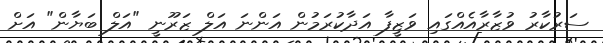
ސަރުކާރު ވުޒާރާއެއްގައި ވަޒީފާ އަދާކުރަމުން އަންނަ އަލް ޒަރޫނީ "އަލް ބަޔާން" އަށް